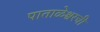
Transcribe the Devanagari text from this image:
पाताळेश्वरची